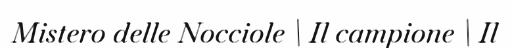
Mistero delle Nocciole \ Il campione \ Il